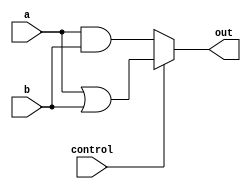
`timescale 1ns / 1ps

module bitwise_operations(
    output [31:0]out,
    input [31:0]a,
    input [31:0]b,
    input control    
    );
    
    wire [31:0]w1,w2;
    
    assign out = control ? w2 : w1;
    
    assign w1 = a&b;
    assign w2 = a|b;
    
endmodule